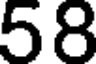
58